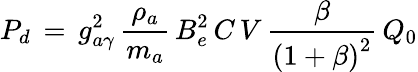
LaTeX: P_{d}\, =\, g_{a\gamma}^{2}\, \frac{\rho_{a}}{m_{a}}\, B_{e}^{2}\, C\, V\, \frac{\beta}{\left(1+\beta\right)^{2}}\, Q_{0}